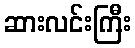
ဆားလင်းကြီး